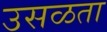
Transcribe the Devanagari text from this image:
उसळता